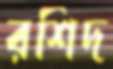
রশিদ